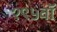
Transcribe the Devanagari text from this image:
१९५वॉ